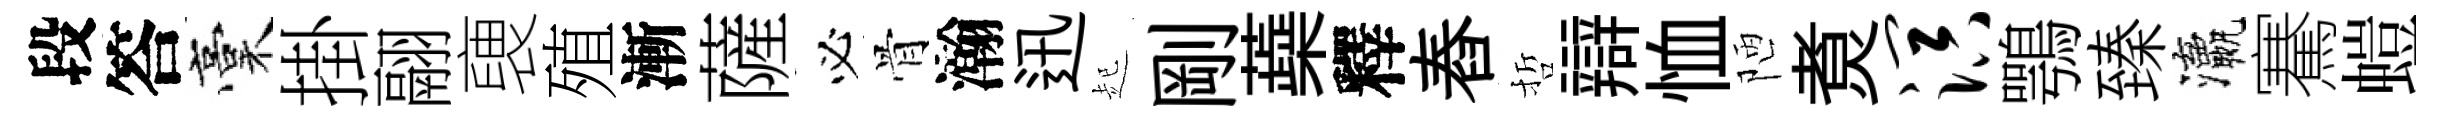
段答稾掛翮褏殖漸薩必骨瀚迅起剛蘃釋舂哲辯恤陋煑溟鶚臻瀛騫螘